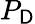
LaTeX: P_{\mathsf{D}}